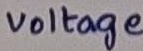
Text: voltage